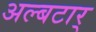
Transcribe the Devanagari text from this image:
अल्बटार्